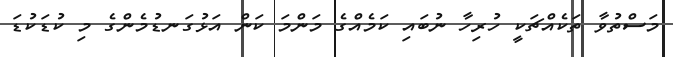
މަސްތުވާ ތަކެއްޗަކީ ހުރިހާ ނުބައި ކަމެއްގެ މަންމަ ކަން އަޅުގަނޑުމެންގެ މި ކުޑަކުޑަ